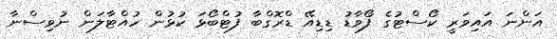
އަންނަ އައިވަރީ ކޯސްޓުގެ ފޯވާޑު ޑިޑިއޭ ޑްރޮގްބާ ފުޓްބޯޅަ ކުޅުން ހުއްޓާލަން ނުވިސްނާ